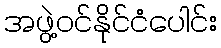
အဖွဲ့ဝင်နိုင်ငံပေါင်း